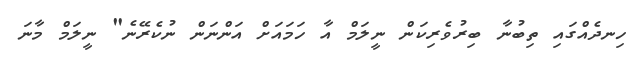
ހިނދެއްގައި ތިބުނާ ބިރުވެރިކަން ނީލަމް އާ ހަމައަށް އަންނަން ނުކެރޭނެ" ނީލަމް މާނަ